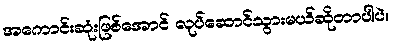
အကောင်းဆုံးဖြစ်အောင် လုပ်ဆောင်သွားမယ်ဆိုတာပါပဲ။